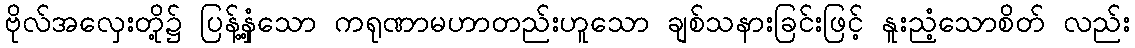
ဗိုလ်အလှေးတို့၌ ပြန့်နှံ့သော ကရုဏာမဟာတည်းဟူသော ချစ်သနားခြင်းဖြင့် နူးညံ့သောစိတ် လည်း